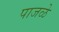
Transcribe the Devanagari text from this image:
पाजळे